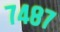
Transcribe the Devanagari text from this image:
७४८७